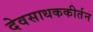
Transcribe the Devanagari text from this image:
देवसाधककीर्तन